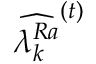
\widehat { \lambda _ { k } ^ { R a } } ^ { ( t ) }